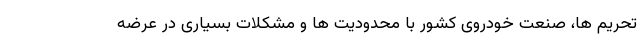
تحریم ها، صنعت خودروی کشور با محدودیت ها و مشکلات بسیاری در عرضه